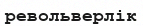
револьверлік